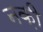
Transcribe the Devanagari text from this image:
नक़ी